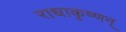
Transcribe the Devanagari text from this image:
राधाकृष्णन्‌